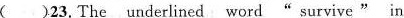
( )23.The underlined word" survive " in